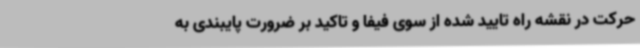
حرکت در نقشه راه تایید شده از سوی فیفا و تاکید بر ضرورت پایبندی به